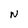
Character: t